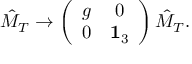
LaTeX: \hat { M } _ { T } \rightarrow \left( \begin{array} { c c } { { g } } & { { 0 } } \\ { { 0 } } & { { { \bf 1 } _ { 3 } } } \end{array} \right) \hat { M } _ { T } .